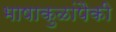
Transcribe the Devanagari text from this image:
भाषाकुळांपैकी